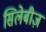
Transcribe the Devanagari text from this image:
सिलेबीज़